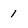
Character: 1